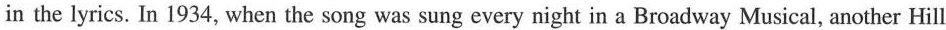
in the lyrics. In 1934, when the song was sung every night in a Broadway Musical, another Hill